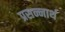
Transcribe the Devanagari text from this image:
प्रसन्नार्थ